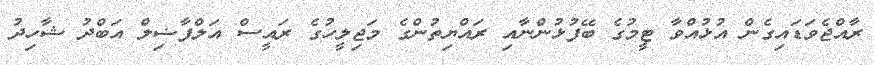
ރާއްޖެވަޑައިގެން އުޅުއްވާ ޓީމުގެ ބޭފުޅުންނާއި ރައްޔިތުންގެ މަޖިލީހުގެ ރައީސް އަލްފާޟިލް އަބްދު ޝާހިދު